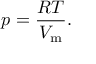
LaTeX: p = { \frac { R T } { V _ { \mathrm { m } } } } .